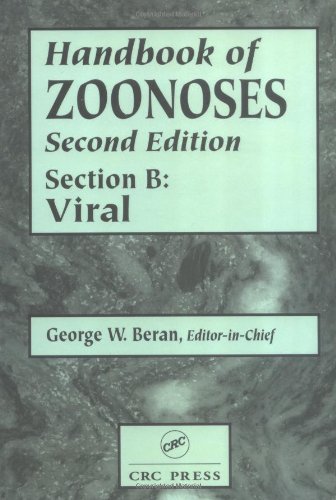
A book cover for Handbook of Zoonoses, Second Edition, Section B: Viral Zoonoses; Medical Books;